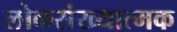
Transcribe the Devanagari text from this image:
लोकसंख्यात्मक